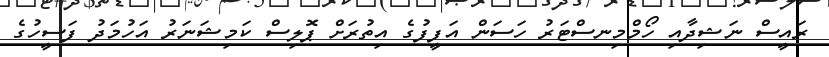
ރައީސް ނަޝިދާއި ހޯމްމިނސްޓަރު ހަސަން އަފީފުގެ އިތުރަށް ޕޮލިސް ކަމިޝަނަރު އަހުމަދު ފަސީހުގެ